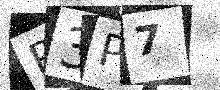
Text: R3P7